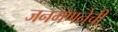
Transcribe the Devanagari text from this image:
जनगणनेची